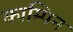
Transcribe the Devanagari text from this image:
काम्पिन